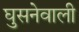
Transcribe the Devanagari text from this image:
घुसनेवाली